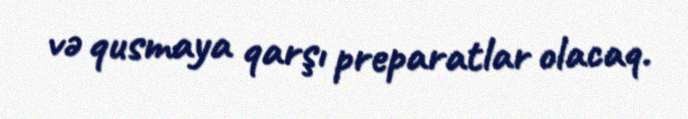
və qusmaya qarşı preparatlar olacaq.